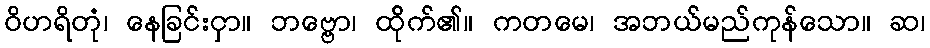
ဝိဟရိတုံ၊ နေခြင်းငှာ။ ဘဗ္ဗော၊ ထို်က်၏။ ကတမေ၊ အဘယ်မည်ကုန်သော။ ဆ၊